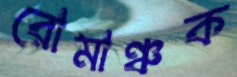
রোমাঞ্চক